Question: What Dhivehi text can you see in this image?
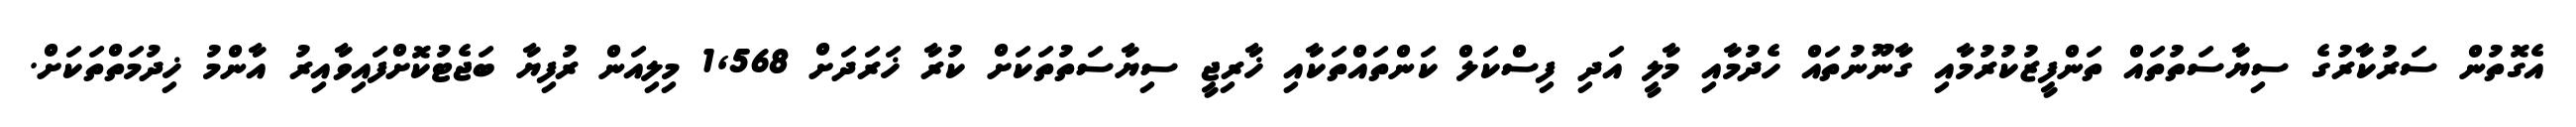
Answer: އެގޮތުން ސަރުކާރުގެ ސިޔާސަތުތައް ތަންފީޒުކުރުމާއި ގާނޫނުތައް ހެދުމާއި މާލީ އަދި ފިސްކަލް ކަންތައްތަކާއި ޚާރިޖީ ސިޔާސަތުތަކަށް ކުރާ ޚަރަދަށް 1,568 މިލިއަން ރުފިޔާ ބަޖެޓުކޮށްފައިވާއިރު އާންމު ޚިދުމަތްތަކަށް.